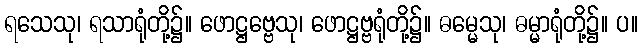
ရသေသု၊ ရသာရုံတို့၌။ ဖောဋ္ဌဗ္ဗေသု၊ ဖောဋ္ဌဗ္ဗရုံတို့၌။ ဓမ္မေသု၊ ဓမ္မာရုံတို့၌။ ပ။